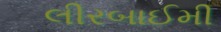
લીરબાઈમી